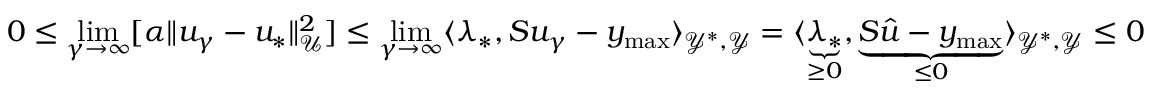
0 \le \operatorname* { l i m } _ { \gamma \rightarrow \infty } [ \alpha \| u _ { \gamma } - u _ { * } \| _ { \mathcal { U } } ^ { 2 } ] \le \operatorname* { l i m } _ { \gamma \rightarrow \infty } \langle \lambda _ { * } , S u _ { \gamma } - y _ { \operatorname* { m a x } } \rangle _ { \mathcal { Y } ^ { * } , \mathcal { Y } } = \langle \underbrace { \lambda _ { * } } _ { \ge 0 } , \underbrace { S \hat { u } - y _ { \operatorname* { m a x } } } _ { \le 0 } \rangle _ { \mathcal { Y } ^ { * } , \mathcal { Y } } \le 0